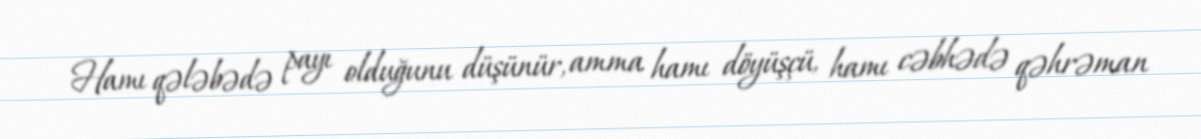
Hamı qələbədə payı olduğunu düşünür, amma hamı döyüşçü, hamı cəbhədə qəhrəman